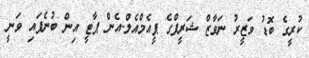
ކުރީގެ ބޮޑު ވަޒީރު ނަވާޒް ޝަރީފްގެ ޕީއެމްއެލް-އެން ޕާޓީ އިން ބުނެފައި ވަނީ